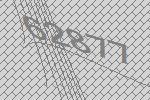
62877